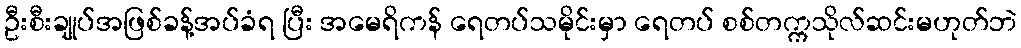
ဦးစီးချုပ်အဖြစ်ခန့်အပ်ခံရ ပြီး အမေရိကန် ရေတပ်သမိုင်းမှာ ရေတပ် စစ်တက္ကသိုလ်ဆင်းမဟုတ်ဘဲ